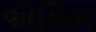
એથિન